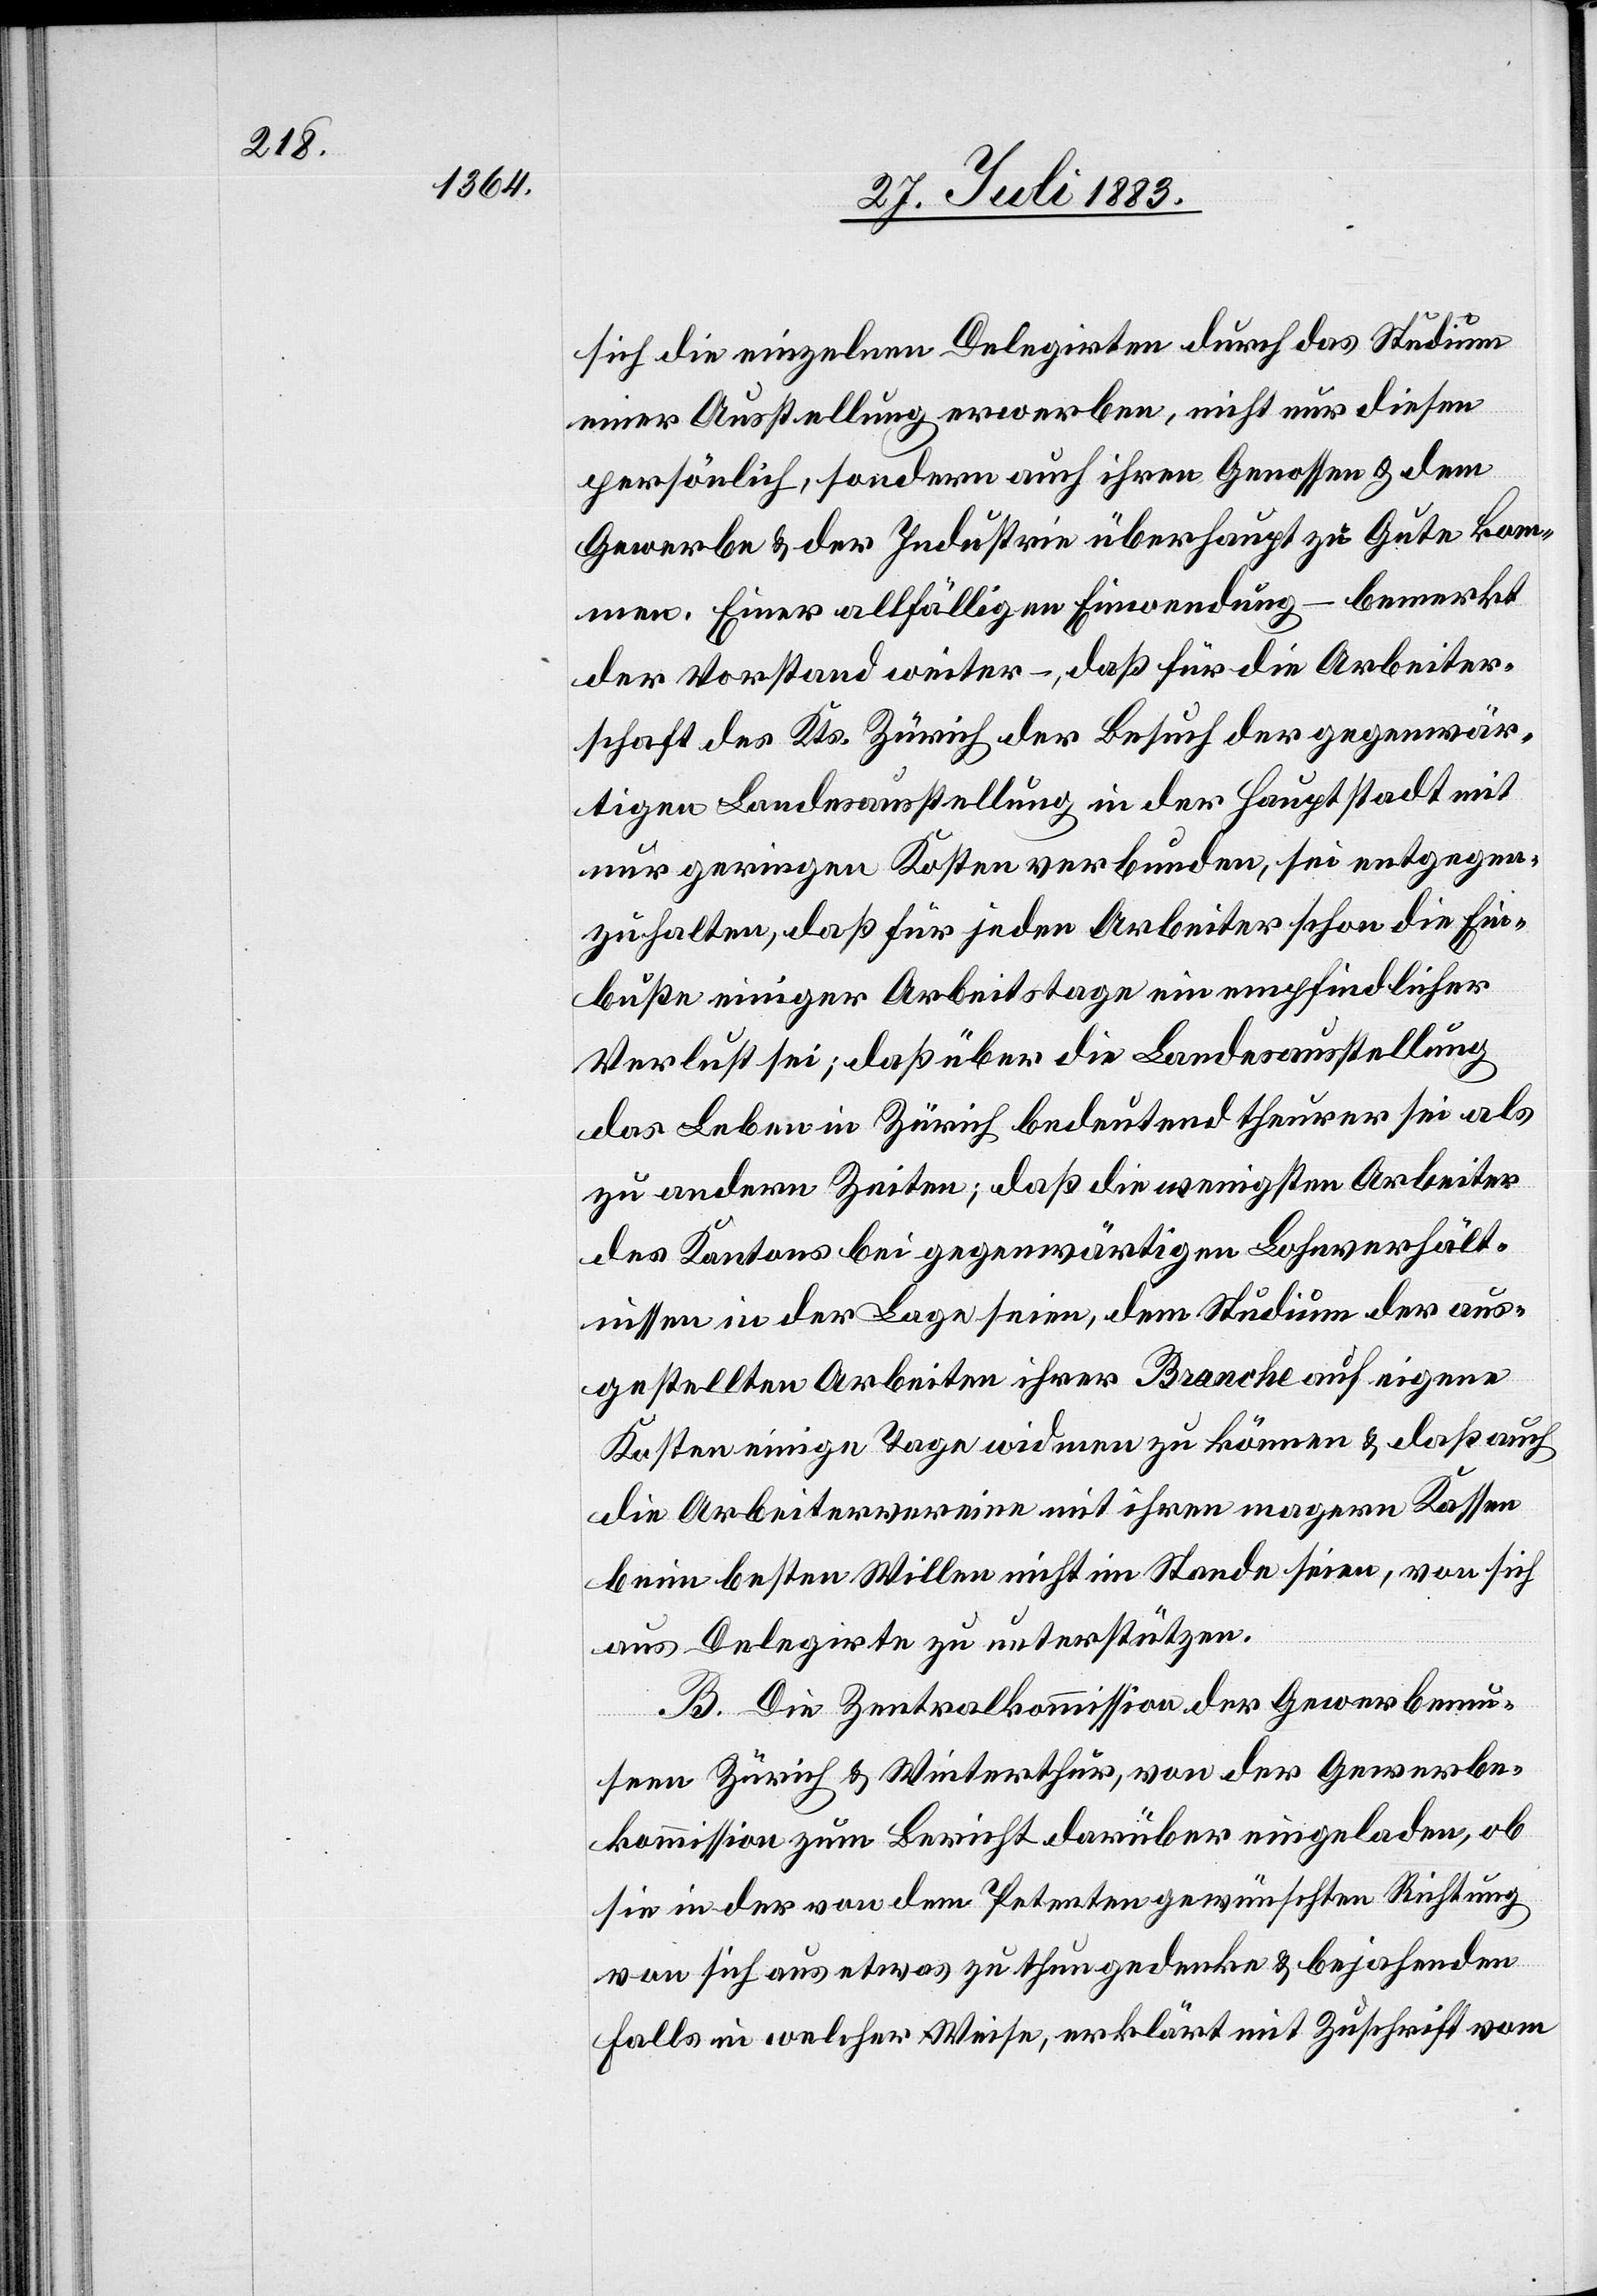
sich die einzelnen Delegirten durch das Studium
einer Ausstellung erwerben, nicht nur diesen
persönlich, sondern auch ihren Genossen & dem
Gewerbe & der Industrie überhaupt zu Gute kom¬
men. Einer allfälligen Einwendung – bemerkt
der Vorstand weiter –, daß für die Arbeiter¬
schaft des Kts. Zürich der Besuch der gegenwär¬
tigen Landesausstellung in der Hauptstadt mit
nur geringen Kosten verbunden, sei entgegen¬
zuhalten, daß für jeden Arbeiter schon die Ein¬
buße einiger Arbeitstage ein empfindlicher
Verlust sei; daß über die Landesausstellung
das Leben in Zürich bedeutend theurer sei als
zu andern Zeiten; daß die wenigsten Arbeiter
des Kantons bei gegenwärtigen Lohnverhält¬
nissen in der Lage seien, dem Studium der aus¬
gestellten Arbeiten ihrer Branche auf eigene
Kosten einige Tage widmen zu können & daß auch
die Arbeitervereine mit ihren magern Kassen
beim besten Willen nicht im Stande seien, von sich
aus Delegirte zu unterstützen.
B. Die Zentralkommission der Gewerbemu¬
seen Zürich & Winterthur, von der Gewerbe¬
kommission zum Bericht darüber eingeladen, ob
sie in der von dem Petenten gewünschten Richtung
von sich aus etwas zu thun gedenken & bejahenden
Falls in welcher Weise, erklärt mit Zuschrift vom